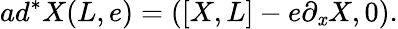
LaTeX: ad^{*}X(L,e)=(\left[X,L\right]-e\partial_{\mathit{x}}X,0).